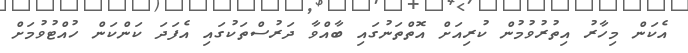
އެކަން މިހާރު އިތުރުވުމުން ކުރިއަށް އޮތްތަނުގައި ބާއްވާ ދަރުސްތަކުގައި އެފަދަ ކަންކަން ހުއްޓުވުމަށް